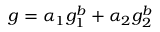
g = \alpha _ { 1 } g _ { 1 } ^ { b } + \alpha _ { 2 } g _ { 2 } ^ { b }